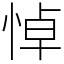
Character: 悼